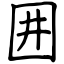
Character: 囲